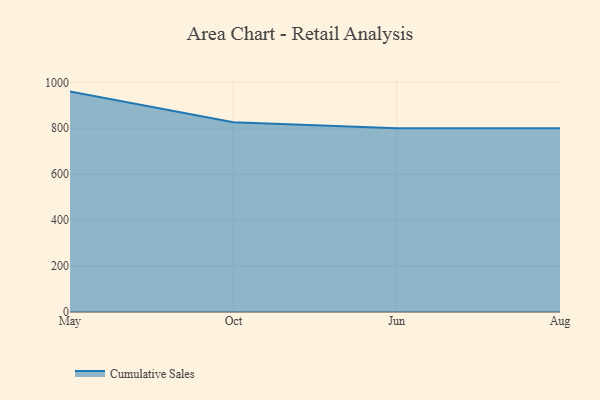
{"axis": {"x": "Month", "y": "Churn Rate (%)"}, "legend": ["Cumulative Sales"], "data": [{"x": "May", "y": 959.5, "type": "Cumulative Sales"}, {"x": "Oct", "y": 826.5, "type": "Cumulative Sales"}, {"x": "Jun", "y": 800, "type": "Cumulative Sales"}, {"x": "Aug", "y": 800, "type": "Cumulative Sales"}]}